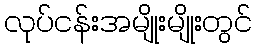
လုပ်ငန်းအမျိုးမျိုးတွင်